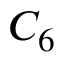
C _ { 6 }